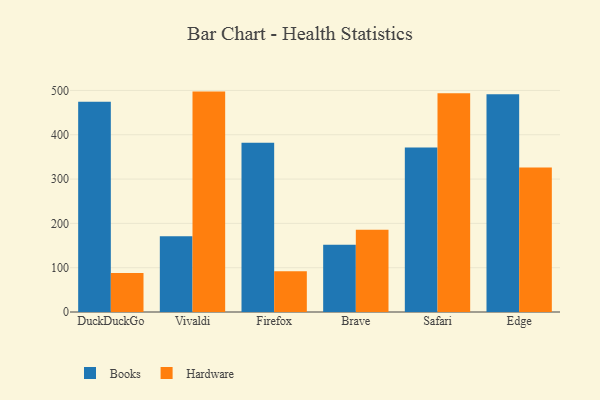
{"axis": {"x": "Browser", "y": "Tickets Resolved"}, "legend": ["Books", "Hardware"], "data": [{"x": "DuckDuckGo", "y": 474.3, "type": "Books"}, {"x": "DuckDuckGo", "y": 87.9, "type": "Hardware"}, {"x": "Vivaldi", "y": 171.1, "type": "Books"}, {"x": "Vivaldi", "y": 497.4, "type": "Hardware"}, {"x": "Firefox", "y": 381.8, "type": "Books"}, {"x": "Firefox", "y": 91.7, "type": "Hardware"}, {"x": "Brave", "y": 151.9, "type": "Books"}, {"x": "Brave", "y": 185.6, "type": "Hardware"}, {"x": "Safari", "y": 371.4, "type": "Books"}, {"x": "Safari", "y": 493.4, "type": "Hardware"}, {"x": "Edge", "y": 491.7, "type": "Books"}, {"x": "Edge", "y": 325.9, "type": "Hardware"}]}